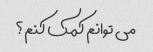
می توانم کمک کنم؟